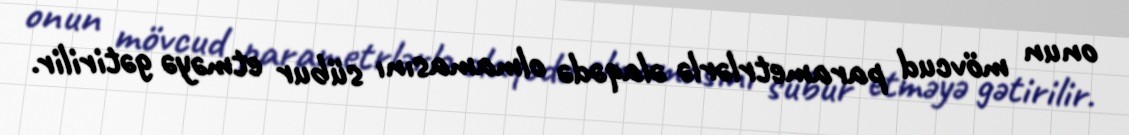
onun mövcud parametrlərlə əlaqədə olmamasını sübur etməyə gətirilir.